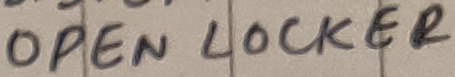
Text: OPEN LOCKER